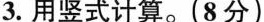
3.用竖式计算。(8分)